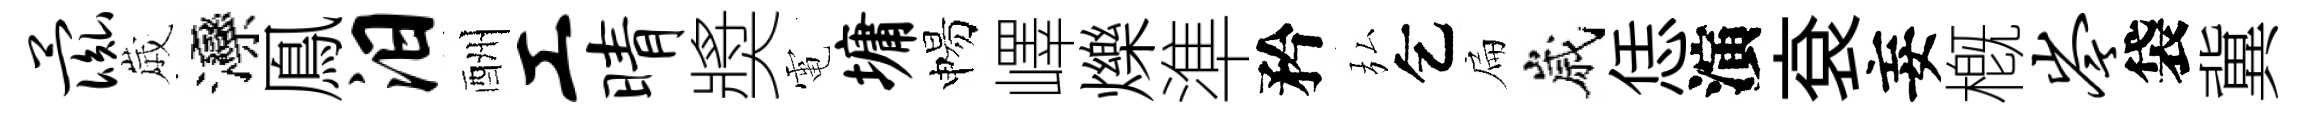
彘𡻕灤鳯汨酬工晴奬電墉惕嶧爍準矜弘乞扁嵗恁演袞妄槪岑袋冀